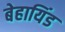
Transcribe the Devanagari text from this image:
बेहायिंड